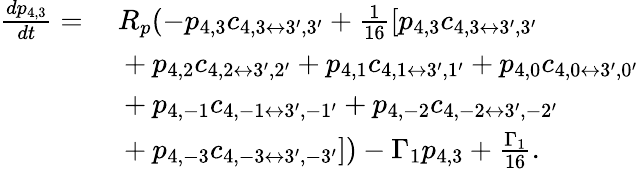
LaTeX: \begin{array}{rl}{\frac{dp_{4,3}}{dt}=}&{~R_{p}(-p_{4,3}c_{4,3\leftrightarrow 3^{\prime},3^{\prime}}+\frac{1}{16}[p_{4,3}c_{4,3\leftrightarrow 3^{\prime},3^{\prime}}}\\ &{~+p_{4,2}c_{4,2\leftrightarrow 3^{\prime},2^{\prime}}+p_{4,1}c_{4,1\leftrightarrow 3^{\prime},1^{\prime}}+p_{4,0}c_{4,0\leftrightarrow 3^{\prime},0^{\prime}}}\\ &{~+p_{4,-1}c_{4,-1\leftrightarrow 3^{\prime},-1^{\prime}}+p_{4,-2}c_{4,-2\leftrightarrow 3^{\prime},-2^{\prime}}}\\ &{~+p_{4,-3}c_{4,-3\leftrightarrow 3^{\prime},-3^{\prime}}])-\Gamma_{1}p_{4,3}+\frac{\Gamma_{1}}{16}.}\end{array}